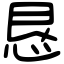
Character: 恳